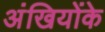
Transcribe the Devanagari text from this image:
अंखियोंके